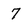
Character: 7